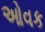
ઓવક